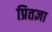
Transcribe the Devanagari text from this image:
प्रितज्ञा